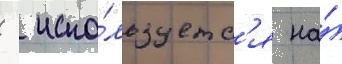
  испо́льзуетс'я на́